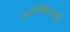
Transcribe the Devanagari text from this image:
ऑफिसबाहेर